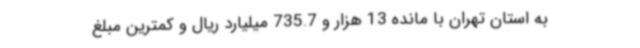
به استان تهران با مانده 13 هزار و 735.7 میلیارد ریال و کمترین مبلغ